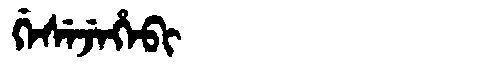
Manchu: ᡤᡝᠰᡝᠵᡝᡥᡝᠪᡳ
Romanization: GESEJEHEBI